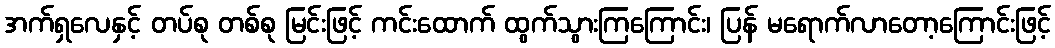
အက်ရှလေနှင့် တပ်စု တစ်စု မြင်းဖြင့် ကင်းထောက် ထွက်သွားကြကြောင်း၊ ပြန် မရောက်လာတော့ကြောင်းဖြင့်